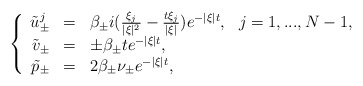
\begin{align*} \left\{\begin{array}{rcll}\tilde{u}_\pm^j & = & \beta_\pm i (\frac{\xi_j}{|\xi|^2} - \frac{t \xi_j}{|\xi|}) e^{-|\xi| t}, & j = 1,...,N-1, \\\tilde{v}_\pm & = & \pm \beta_\pm t e^{-|\xi| t}, \\\tilde{p}_\pm & = & 2 \beta_\pm \nu_\pm e^{-|\xi| t}, \end{array}\right.\end{align*}